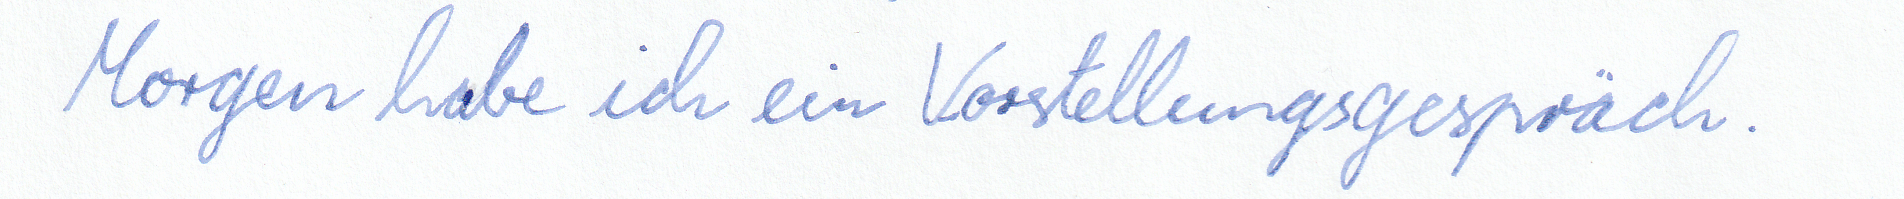
Morgen habe ich ein Vorstellungsgespräch.